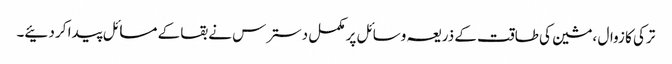
ترکی کا زوال ،مشین کی طاقت کے ذریعہ وسائل پر مکمل دسترس نے بقا کے مسائل پیدا کر دئیے۔